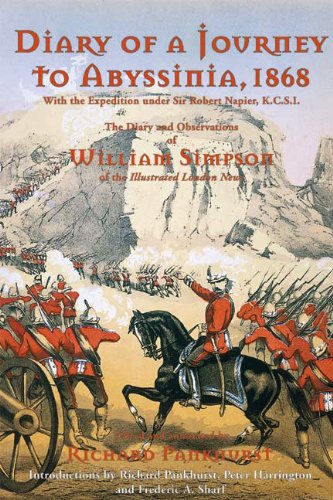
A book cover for Diary of a Journey to Abyssinia, 1868: The Diary and Observation of William Simpson; William Simpson; Travel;